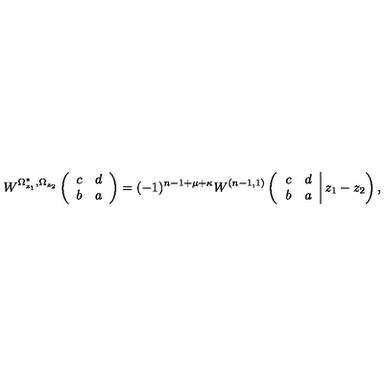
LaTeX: W ^ { \Omega _ { z _ { 1 } } ^ { * } , \Omega _ { z _ { 2 } } } \left( \begin{array} { c c } { c } & { d } \\ { b } & { a } \\ \end{array} \right) = ( - 1 ) ^ { n - 1 + \mu + \kappa } W ^ { ( n - 1 , 1 ) } \left( \left. \begin{array} { c c } { c } & { d } \\ { b } & { a } \\ \end{array} \right| z _ { 1 } - z _ { 2 } \right) ,